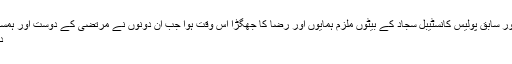
پولیس کے تفتیش کاروں کے مطابق مرتضیٰ اور سابق پولیس کانسٹیبل سجاد کے بیٹوں ملزم ہمایوں اور رضا کا جھگڑا اس وقت ہوا جب ان دونوں نے مرتضیٰ کے دوست اور ہمسائے سیف کے خاندان کی ایک خاتون کو چھیڑا
دونوں فریقوں میں اس بات پر شدید تکرار ہوئی۔